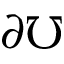
\partial \mho